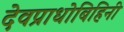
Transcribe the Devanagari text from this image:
देवप्राधोबिहिनी